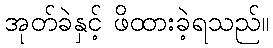
အုတ်ခဲနှင့် ဖိထားခဲ့ရသည်။